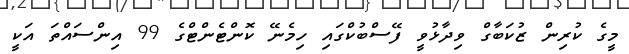
މީގެ ކުރިން ޒުކަބާގް ވިދާޅުވީ ފޭސްބުކްގައި ހިމެނޭ ކޮންޓެންޓްގެ 99 އިންސައްތަ އަކީ